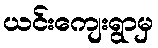
ယင်းကျေးရွာမှ